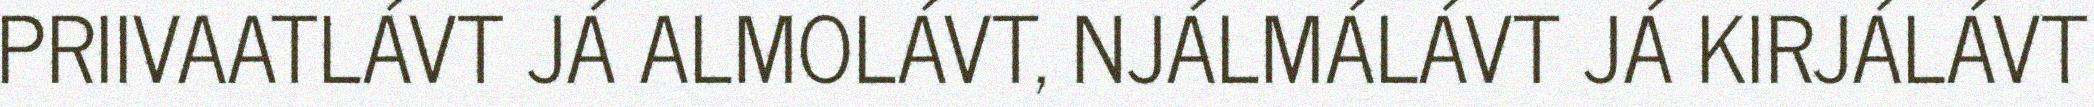
PRIIVAATLÁVT JÁ ALMOLÁVT, NJÁLMÁLÁVT JÁ KIRJÁLÁVT